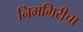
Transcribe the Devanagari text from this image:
निमगिरीचा